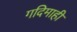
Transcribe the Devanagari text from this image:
गदिमाही